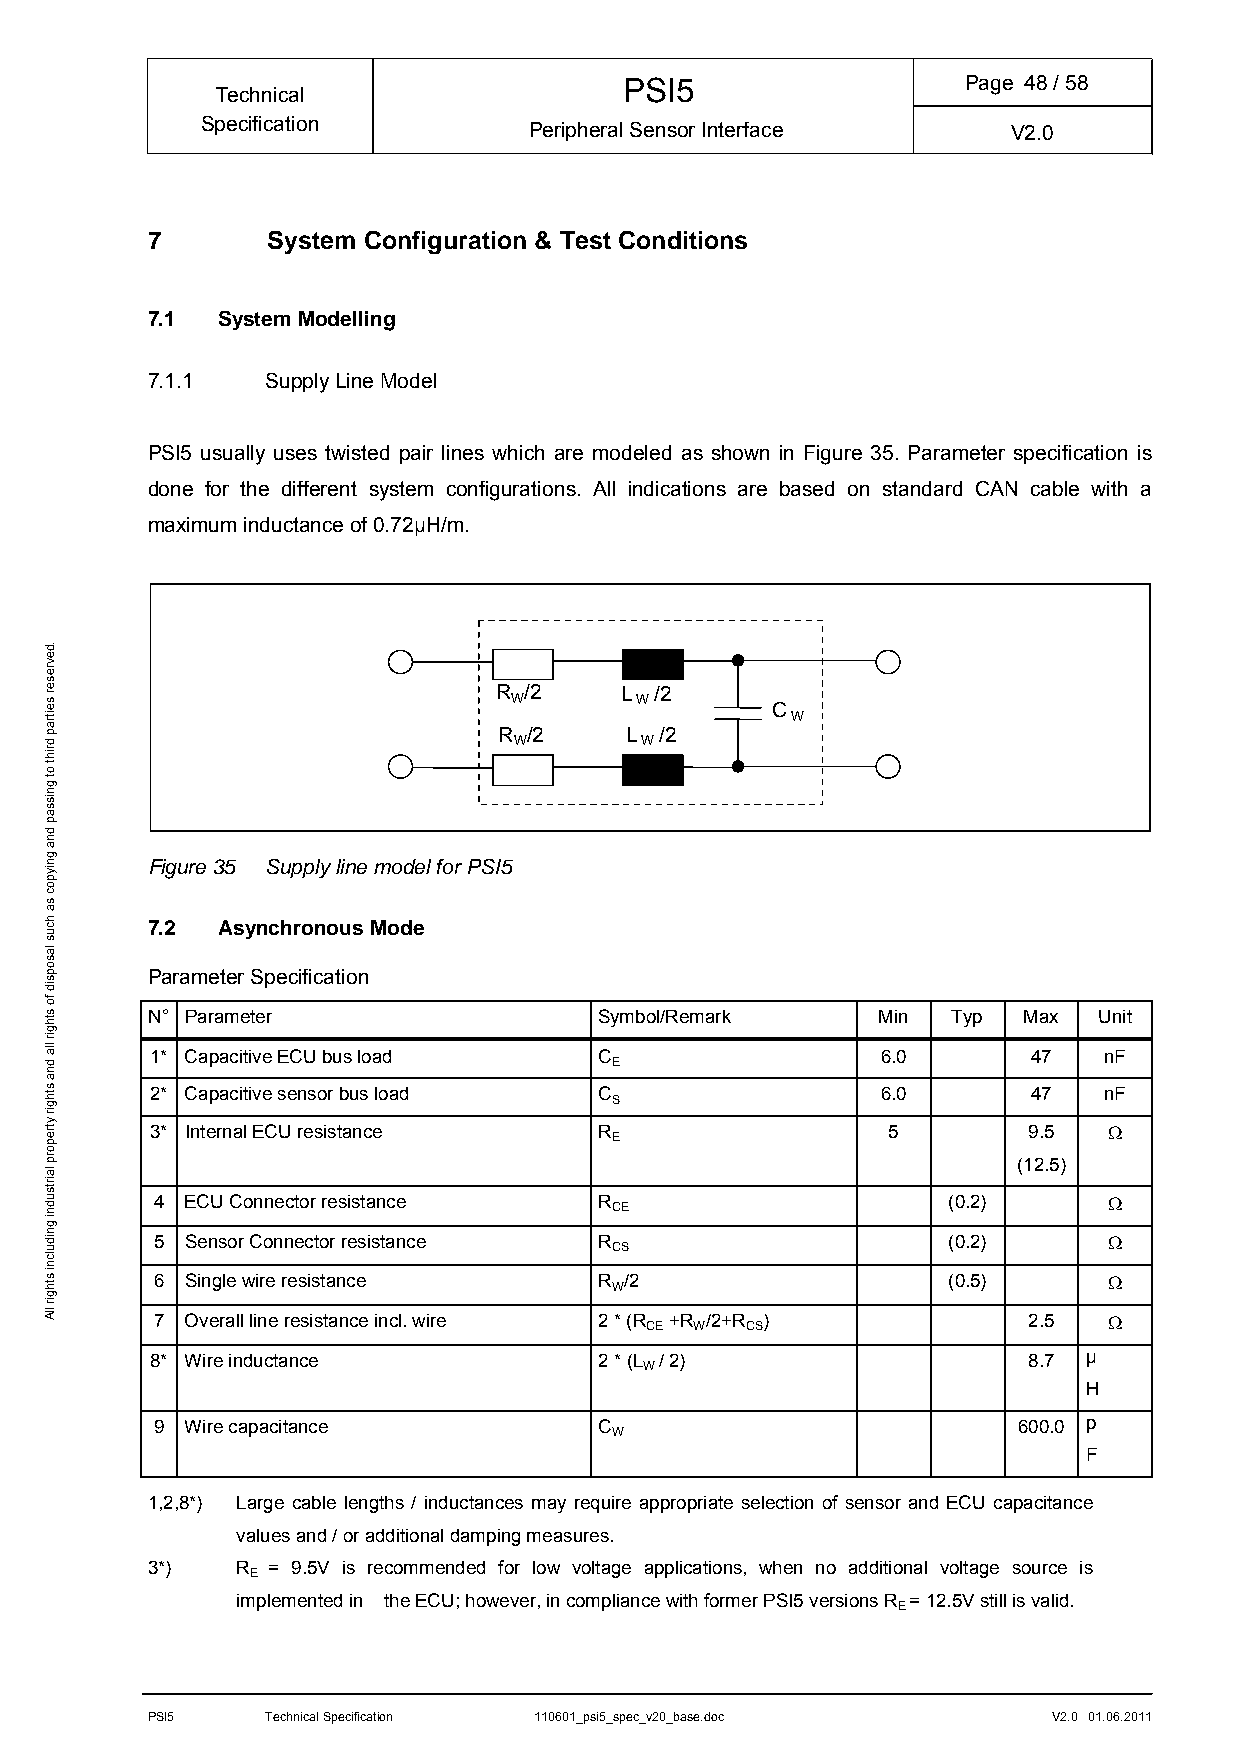
PSI5                   Page 48/ 58
 Technical
 Specification         Peripheral Sensor Interface     V2.0
 7       System Configuration & Test Conditions
 7.1 System Modelling
 7.1.1   Supply Line Model
 PSI5 usually uses twisted pair lines which are modeled as shown in Figure 35. Parameter specification is
 done for the different system configurations. All indications are based on standard CAN cable with a
 maximum inductance of 0.72µH/m.
 R /2    L /2
 W       W        C
 W
 R /2    L  /2
 W       W
 Figure 35 Supply line model for PSI5
 7.2 Asynchronous Mode
 Parameter Specification
 N° Parameter                  Symbol/Remark     Min  Typ  Max  Unit
 1* Capacitive ECU bus load    C                 6.0       47   nF
 E
 2* Capacitive sensor bus load C                 6.0       47   nF
 S
 3* Internal ECU resistance    R                  5        9.5  
 E
 (12.5)
 4 ECU Connector resistance    R                      (0.2)     
 CE
 5 Sensor Connector resistance R                      (0.2)     
 CS
 6 Single wire resistance      R /2                   (0.5)     
 W
 7 Overall line resistance incl. wire 2 * (R +R /2+R )     2.5  
 CE W  CS
 8* Wire inductance            2 * (L / 2)                 8.7 µ
 W
 H
 9 Wire capacitance            C                          600.0 p
 W
 F
 1,2,8*) Large cable lengths / inductances may require appropriate selection of sensor and ECU capacitance
 values and / or additional damping measures.
 3*)   R = 9.5V is recommended for low voltage applications, when no additional voltage source is
 E
 implemented in the ECU; however, in compliance with former PSI5 versions R = 12.5V still is valid.
 E
 PSI5    Technical Specification 110601_psi5_spec_v20_base.doc V2.0 01.06.2011
 .devreser
 seitrap
 driht
 ot
 gnissap
 dna
 gniypoc
 sa
 hcus
 lasopsid
 fo
 sthgir
 lla
 dna
 sthgir
 ytreporp
 lairtsudni
 gnidulcni
 sthgir
 llA